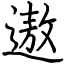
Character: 遨